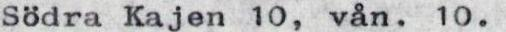
Södra Kajen 10, vån. 10.